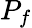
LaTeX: P_{f}